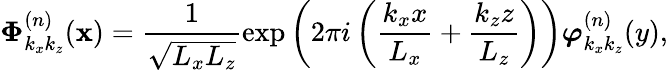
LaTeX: \boldsymbol{\Phi}_{k_{x}k_{z}}^{(n)}(\mathbf{x})=\frac{1}{\sqrt{L_{x}L_{z}}}\exp\left(2\pi i\left(\frac{k_{x}x}{L_{x}}+\frac{k_{z}z}{L_{z}}\right)\right)\boldsymbol{\varphi}_{k_{x}k_{z}}^{(n)}(y),